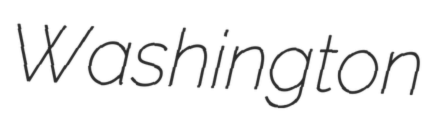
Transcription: Washington